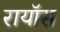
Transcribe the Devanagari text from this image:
रायॉस